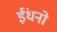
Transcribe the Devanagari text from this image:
ईंधनो